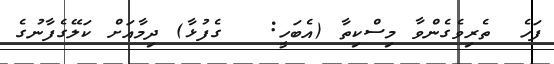
ފަހެ  ތެރިވެގެންވާ މިސްކިތާ (އެބަހީ:   ގެފުޅާ) ދިމާއަށް ކަލޭގެފާނުގެ